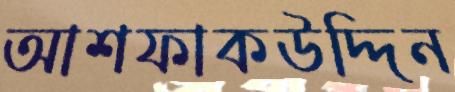
আশফাকউদ্দিন